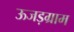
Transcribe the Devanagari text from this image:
ऊजड़ग्राम